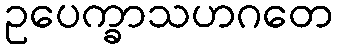
ဥပေက္ခာသဟဂတေ